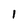
Character: 1